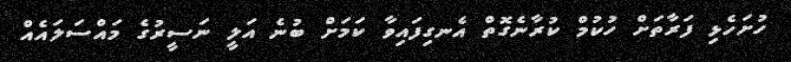
ހުށަހެޅި ފަރާތަށް ހުކުމް ކުރާނެގޮތް އެނގިފައިވާ ކަމަށް ބުނެ އަލީ ނަސީރުގެ މައްސަލައެއް